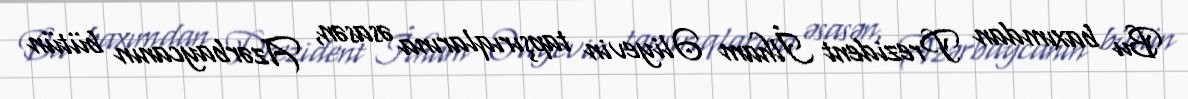
Bu baxımdan Prezident İlham Əliyevin tapşırıqlarına əsasən, Azərbaycanın bütün